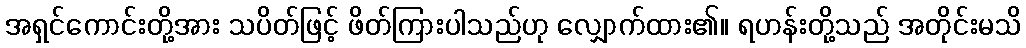
အရှင်ကောင်းတို့အား သပိတ်ဖြင့် ဖိတ်ကြားပါသည်ဟု လျှောက်ထား၏။ ရဟန်းတို့သည် အတိုင်းမသိ